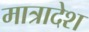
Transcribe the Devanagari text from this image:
मात्रादेश